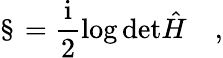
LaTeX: \S=\frac{\mathrm{i}}{2}\log\mathrm{det}{\hat{H}}\quad,